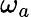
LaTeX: \omega_{a}